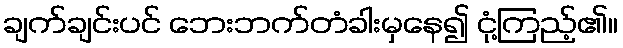
ချက်ချင်းပင် ဘေးဘက်တံခါးမှနေ၍ ငုံ့ကြည့်၏။